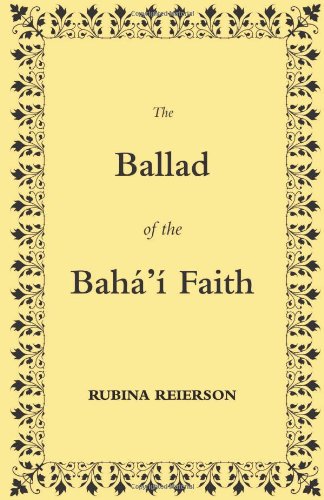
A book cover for The Ballad of the BahÃ¡'Ã­ Faith; Rubina Reierson; Religion & Spirituality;